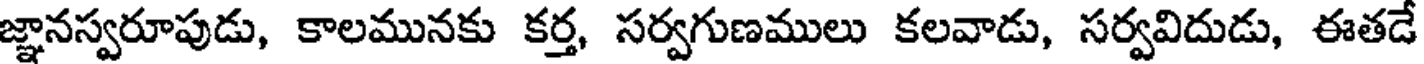
జ్ఞానస్వరూపుడు, కాలమునకు కర్త, సర్వగుణములు కలవాడు, సర్వవిదుడు, ఈతడే